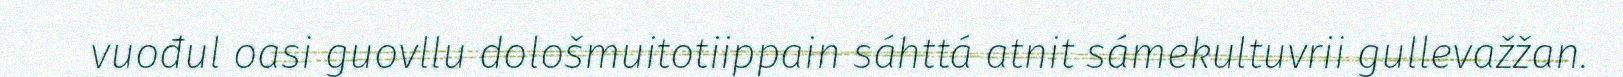
vuođul oasi guovllu dološmuitotiippain sáhttá atnit sámekultuvrii gullevažžan.